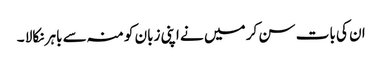
ان کی بات سن کر میں نے اپنی زبان کو منہ سے باہر نکالا ۔